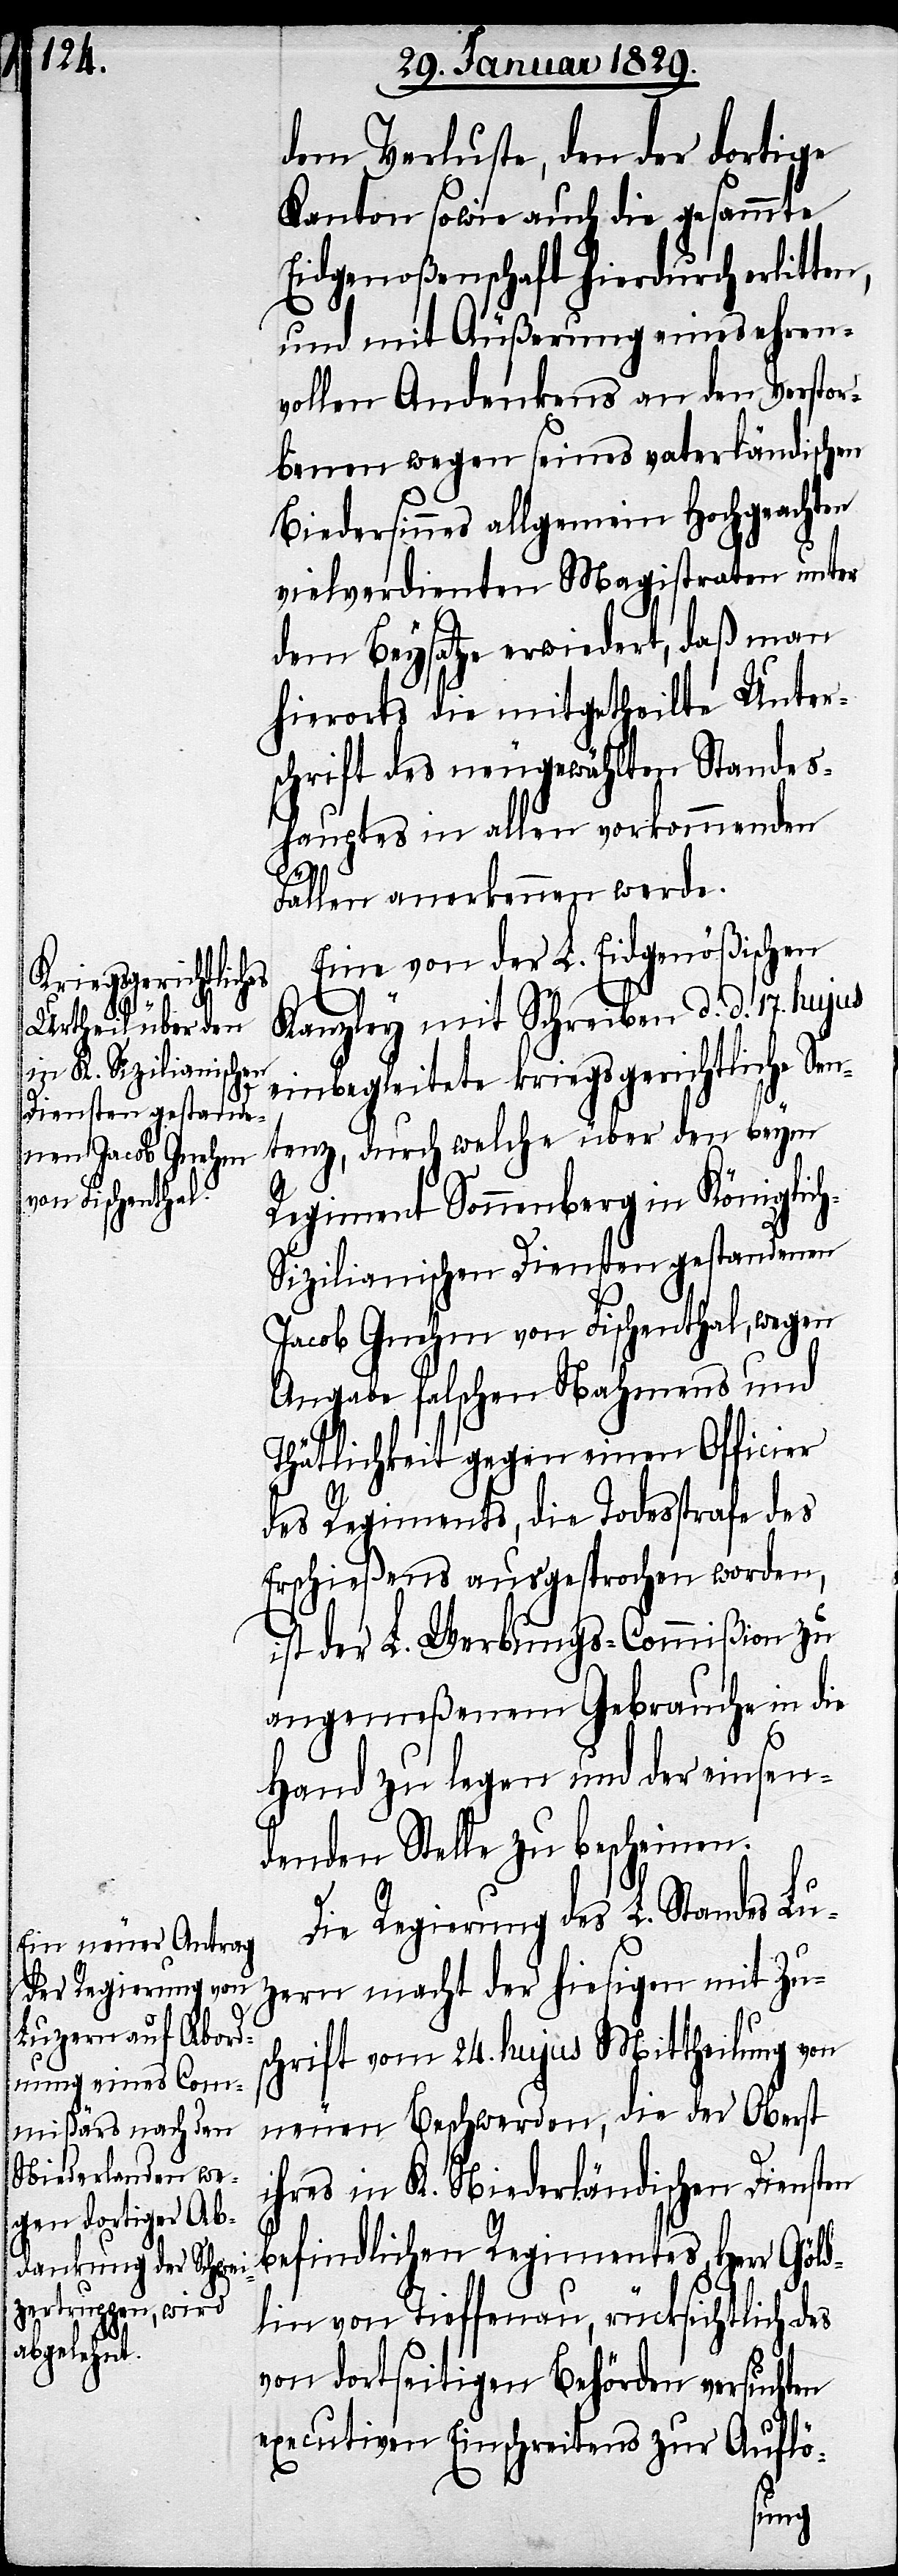
dem Verluste, den der dortige
Kanton sowie auch die gesammte
Eidgenoßenschaft hierdurch erlitten,
und mit Äußerung eines ehren¬
vollen Andenkens an den Verstor¬
benen wegen seines vaterländischen
Biedersinnes allgemein Hochgeachten
vielverdienten Magistraten unter
dem Beysatze erwiedert, daß man
hierorts die mitgetheilte Unter¬
schrift des neugewählten Standes¬
hauptes in allen vorkommenden
Fällen anerkennen werde.
Eine von der L. Eidgenößischen
Kanzley mit Schreiben d. d. 17. hujus
einbegleitete kriegsgerichtliche Se¬
ntenz, durch welche über den beym
Regiment Sonnenberg in Königlic¬
h-Sizilianischen Diensten gestandenen
Jacob Gnehm von Fischenthal, wegen
Angabe falschen Nahmens und
Thätlichkeiten gegen einen Officier
des Regiments, die Todesstrafe des
Erschießens ausgesprochen worden,
ist der L. Werbungs-Commißion zu
angemeßenem Gebrauche in die
Hand zu legen und der einsen¬
denden Stelle zu bescheinen.
Die Regierung des L. Standes Lu¬
zern macht der hiesigen mit Zu¬
schrift vom 24. hujus Mittheilung von
neuen Beschwerden, die der Oberst
ihres in K. Niederländischen Diensten
befindlichen Regimentes, Herr Göld¬
lin von Tieffenau, rücksichtlich des
von dortseitigen Behörden versuchten
executiven Einschreitens zur Auflö-